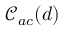
\mathcal { C } _ { a c } ( d )